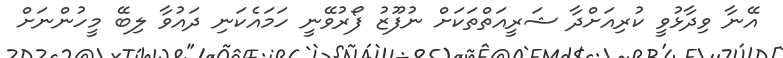
އޭނާ ވިދާޅުވީ ކުރިއަށްދާ ޝަރީއަތްތަކަށް ނުފޫޒު ފޯރުވޭނީ ހަމައެކަނި ދައުވާ ލިބޭ މީހުންނަށް